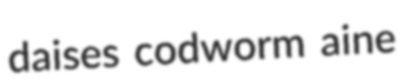
daises codworm aine